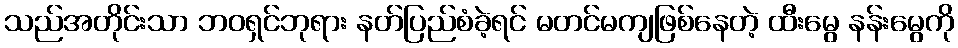
သည်အတိုင်းသာ ဘဝရှင်ဘုရား နတ်ပြည်စံခဲ့ရင် မတင်မကျဖြစ်နေတဲ့ ထီးမွေ နန်းမွေကို